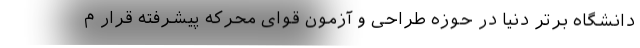
دانشگاه برتر دنیا در حوزه طراحی و آزمون قوای محرکه پیشرفته قرار م